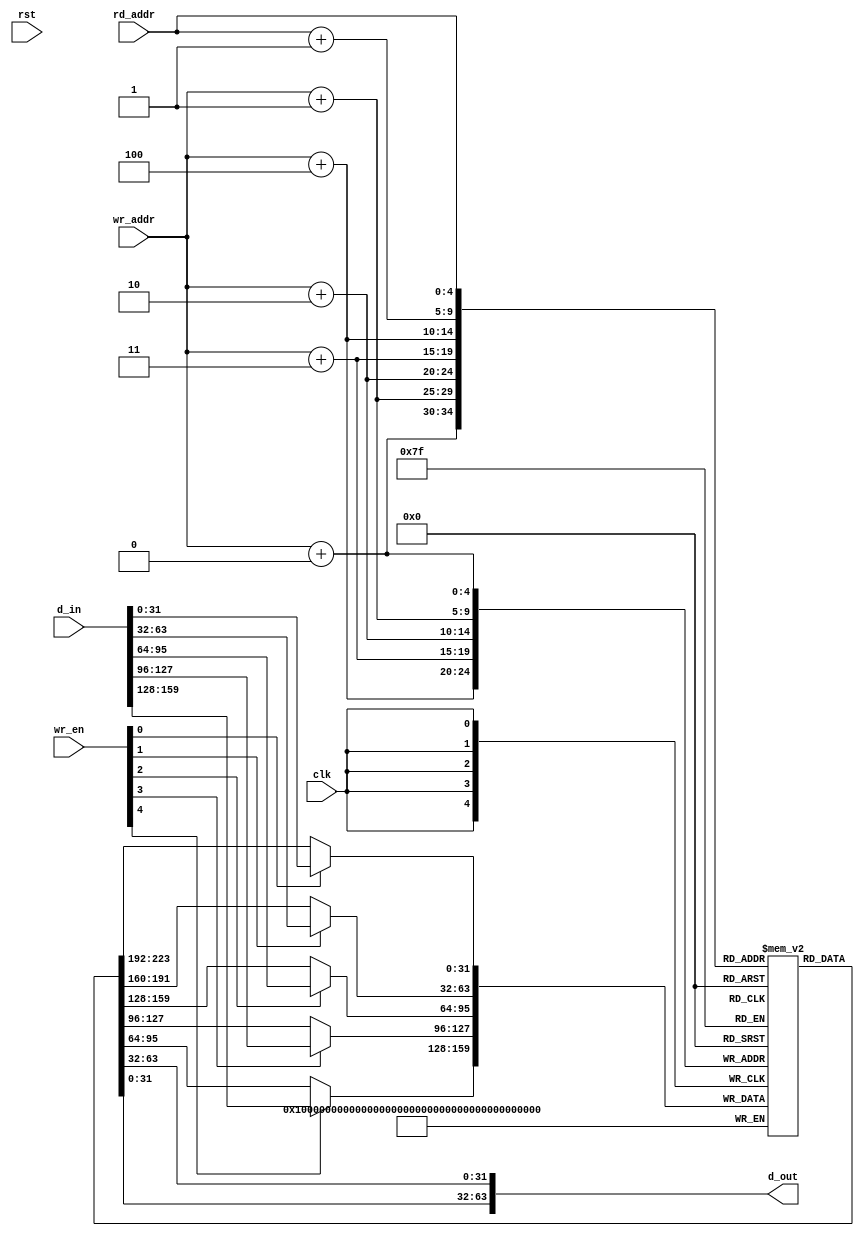
///////////////////////////////////////////////////////////////////////////////
// $Id: wide_port_ram.v 1887 2007-06-19 21:33:32Z grg $
//
// Module: wide_port_ram
// Project: event capture
// Description: A ram that allows writing large words and taking them out segmented
//
// Notes: This is fully parametrizable except for that OUTPUT_WORD_SIZE=2*INPUT_WORD_SIZE
///////////////////////////////////////////////////////////////////////////////
`timescale 1 ns/1 ns

module wide_port_ram
  #(parameter INPUT_WORD_SIZE  = 32,
    parameter NUM_INPUTS       = 5,
    parameter OUTPUT_WORD_SIZE = 2*INPUT_WORD_SIZE,
    parameter DEPTH_BITS       = 5      // to point to depth in input sized words
    )
    (
     // data input
     input [INPUT_WORD_SIZE*NUM_INPUTS-1:0] d_in,
     // wr_en (1 bit per port)
     input [NUM_INPUTS-1:0]  wr_en,

     // start of write and rd addresses
     input [DEPTH_BITS-1:0] wr_addr,
     input [DEPTH_BITS-1:0] rd_addr,

     // data output
     output [OUTPUT_WORD_SIZE-1:0] d_out,

     // misc
     input  clk,
     input  rst
     );

   function integer log2;
      input integer number;
      begin
         log2=0;
         while(2**log2<number) begin
            log2=log2+1;
         end
      end
   endfunction // log2

   parameter DEPTH       = 2**DEPTH_BITS;       // RAM depth in INPUT_WORD_SIZE words

   // data fifo
   reg [INPUT_WORD_SIZE-1:0]  ram_words [DEPTH-1:0];

   wire [INPUT_WORD_SIZE-1:0] d_in_words[NUM_INPUTS-1:0];
   wire [DEPTH_BITS-1:0]      wr_addr_inc[NUM_INPUTS-1:0];
   wire [DEPTH_BITS-1:0]      rd_addr_plus1;

   generate
      genvar j;
      for(j=0; j<NUM_INPUTS; j=j+1) begin: gen_words
         assign d_in_words[j] = d_in[INPUT_WORD_SIZE*(j+1)-1:INPUT_WORD_SIZE*j];
	 assign wr_addr_inc[j] = wr_addr+j;
      end
   endgenerate

   // write into the ram
   integer 	i;
   always @(posedge clk) begin
      for(i=0; i<NUM_INPUTS; i=i+1) begin
	 ram_words[wr_addr_inc[i]] <= wr_en[i] ? d_in_words[i] : ram_words[wr_addr_inc[i]];
      end
   end

   assign rd_addr_plus1 = rd_addr+1'b1;
   assign d_out={ram_words[rd_addr], ram_words[rd_addr_plus1]};

endmodule // wide_port_ram